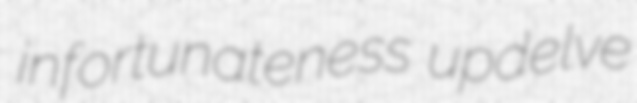
infortunateness updelve